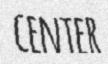
CENTER